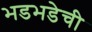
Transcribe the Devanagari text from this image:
भडभडेची